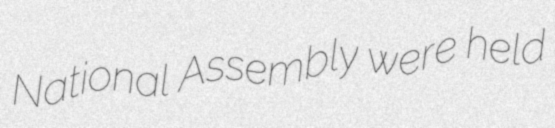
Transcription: National Assembly were held